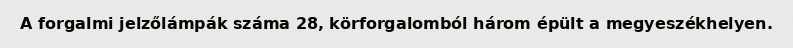
A forgalmi jelzőlámpák száma 28, körforgalomból három épült a megyeszékhelyen.